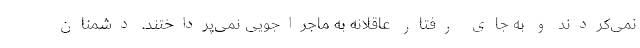
نمی‌کردند و به جای رفتار عاقلانه به ماجراجویی نمی‌پرداختند. دشمنان